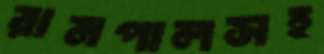
রামপালসহ